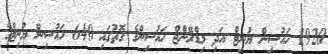
1920 ހައުސިން ޔުނިޓް އަދި މިޑްރޭންޖް ހައުސިންގެ ގޮތުގައި 640 ހައުސިން ޔުނިޓްގެ